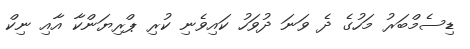
ޑިސެމްބަރު މަހުގެ ދެ ވަނަ ދުވަހު ކައިވެނި ކުރި ޕްރިޔަންކާ އާއި ނިކް